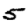
Digit: 5